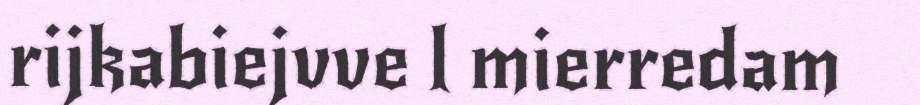
rijkabiejvve l mierredam